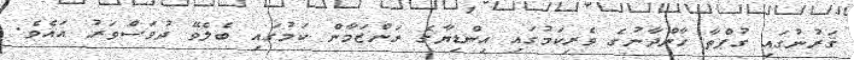
ޤަރުނުގައި ގުޕްތާ ޚާންދާނުގެ ވެރިކަމުގައި އިންޑިޔާގެ ރަންޒަމާން ކަމުގައި ބެލެވޭ ދުވަސްވަރު އައެވެ.